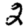
Digit: 2